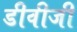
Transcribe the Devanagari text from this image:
डीवीजी